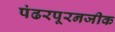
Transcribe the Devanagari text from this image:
पंढरपूरनजीक